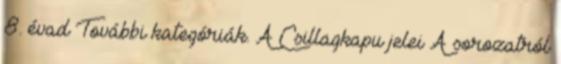
8. évad További kategóriák. A Csillagkapu jelei A sorozatról